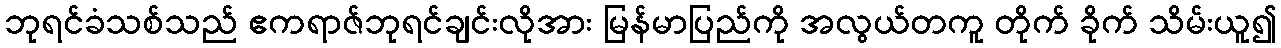
ဘုရင်ခံသစ်သည် ဧကရာဇ်ဘုရင်ချင်းလိုအား မြန်မာပြည်ကို အလွယ်တကူ တိုက် ခိုက် သိမ်းယူ၍